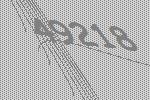
49218